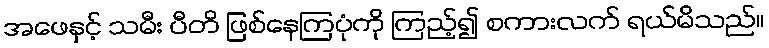
အဖေနှင့် သမီး ပီတိ ဖြစ်နေကြပုံကို ကြည့်၍ စကားလက် ရယ်မိသည်။